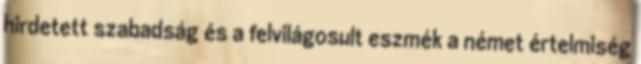
hirdetett szabadság és a felvilágosult eszmék a német értelmiség